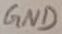
Text: GND